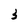
Character: 3